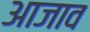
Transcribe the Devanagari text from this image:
आजाव